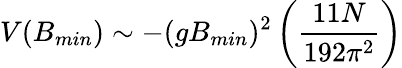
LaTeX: V(B_{min})\sim-(gB_{min})^{2}\left(\frac{11N}{192\pi^{2}}\right)